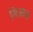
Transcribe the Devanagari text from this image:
मिआन